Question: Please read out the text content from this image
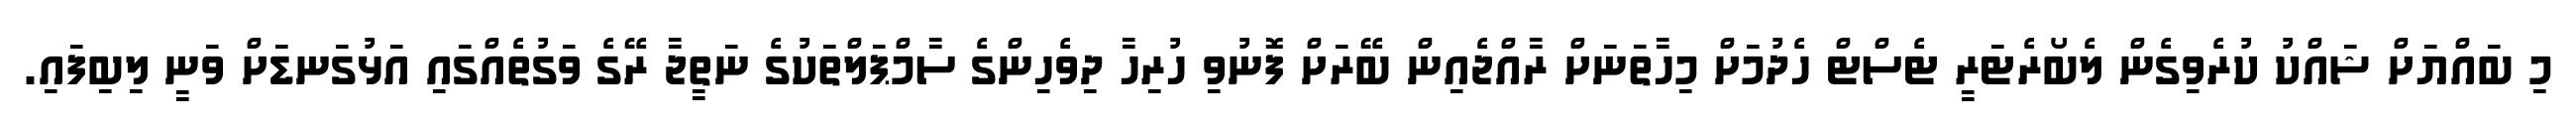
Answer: މި ބައްޔަށް ޝައްކު ކުރެވިގެން ލެބޯރެޓަރީ ޓެސްޓް ހެދުމަށް މިހާތަނަށް ރާއްޖެއިން ބޭރަށް ފޮނުވި ހުރިހާ ދިވެހިންގެ ސާމްޕަލްތަކުގެ ނަތީޖާ ރޭގެ ވަގުތެއްގައި އަޅުގަނޑަށް ވަނީ ލިބިފައި.